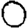
Digit: 0